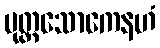
ပုတ္တသောကေနဟံ